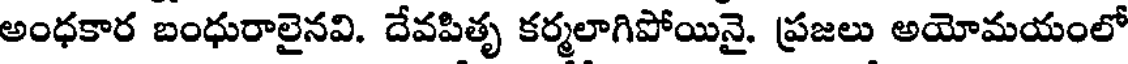
అంధకార బంధురాలైనవి. దేవపితృ కర్మలాగిపోయినై. ప్రజలు అయోమయంలో